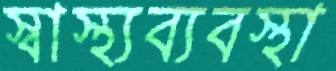
স্বাস্থ্যব্যবস্থা